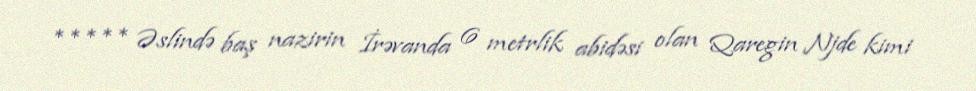
***** Əslində baş nazirin İrəvanda 6 metrlik abidəsi olan Qaregin Njde kimi